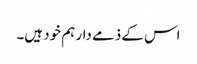
اس کے ذمے دار ہم خود ہیں۔